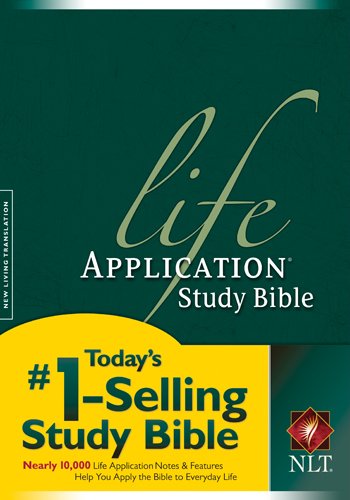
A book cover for Life Application Study Bible: New Living Translation; Christian Books & Bibles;